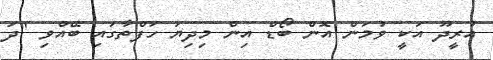
އުރީދޫ އަކީ ވުމަން އޮން ބޯޑް އިން މިދިޔަ ހަފްތާގައި ބޭއްވި "ދަ